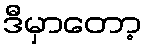
ဒီမှာတော့